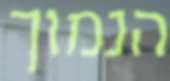
הנמוך